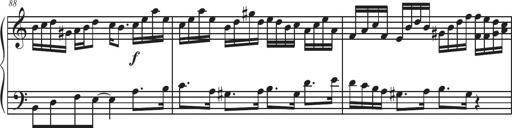
Title: Sonatina Espania
Composer: Jerald Franklin Archer
Key: Various